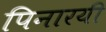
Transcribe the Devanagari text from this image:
पिनारयी